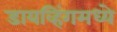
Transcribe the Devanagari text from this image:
डायव्हिंगमध्ये